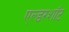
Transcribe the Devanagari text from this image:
एल्डरशॉट